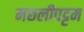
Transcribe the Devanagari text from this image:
मछलीपट्टम